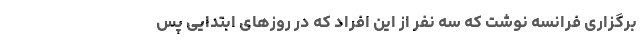
برگزاری فرانسه نوشت که سه‌ نفر از این افراد که در روزهای ابتدایی پس